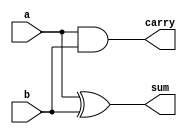
`timescale 1ns / 1ps
//////////////////////////////////////////////////////////////////////////////////
// Company: 
// Engineer: 
// 
// Design Name: 
// Module Name: half_adder
// Project Name: 
// Target Devices: 
// Tool Versions: 
// Description: 
// 
// Dependencies: 
// 
// Revision:
// Revision 0.01 - File Created
// Additional Comments:
// 
//////////////////////////////////////////////////////////////////////////////////


module half_adder(carry,sum,a,b);
input a,b;
output sum,carry;
assign sum=a^b;
assign carry=a&b;
endmodule